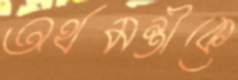
অর্থমন্ত্রীকে